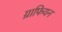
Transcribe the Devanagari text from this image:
ग्राफियन